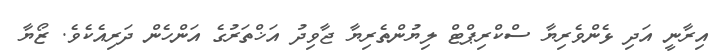
އިރާނީ އަދި ޅެންވެރިޔާ ސްކްރިޕްޓް ލިޔުންތެރިޔާ ޖާވިދު އަޚްތަރުގެ އަންހެން ދަރިއެކެވެ. ޒޯޔާ